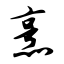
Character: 烹